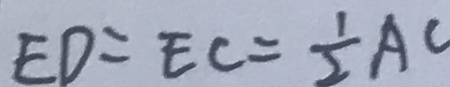
E D = E C = \frac { 1 } { 2 } A C